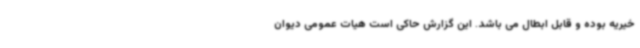
خیریه بوده و قابل ابطال می باشد. این گزارش حاکی است هیات عمومی دیوان